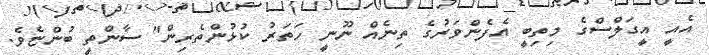
އެއީ އީގަލްސްގެ މިތިބީ އެފެންވަރުގެ ތިނެއް ނޫނީ ހަތަރު ކުޅުންތެރިން" ސާންތީ ބުންޏެވެ.